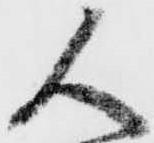
人